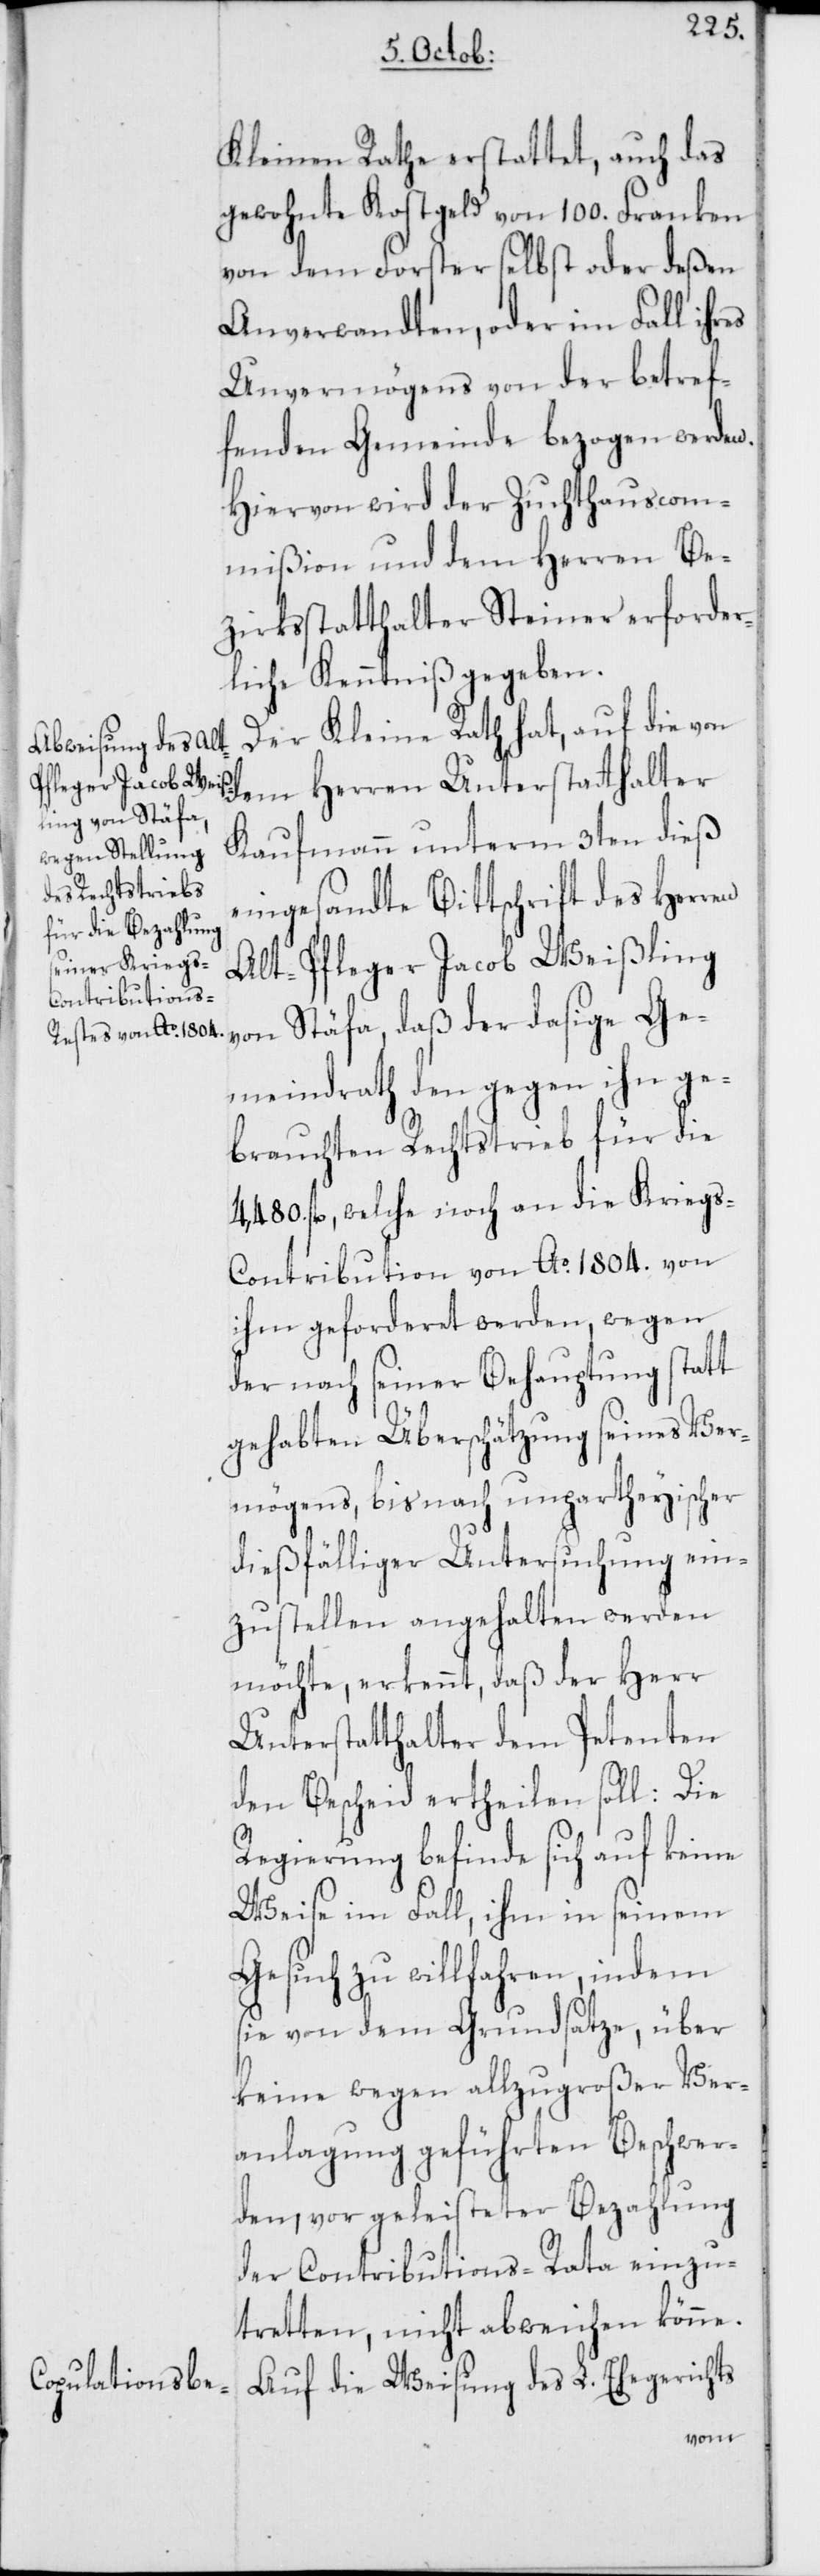
Kleinen Rathe erstattet, auch das
gewohnte Kostgeld von 100. Franken
von dem Forster selbst oder deßen
Anverwandten, oder im Fall ihres
Unvermögens von der betref¬
fenden Gemeinde bezogen werden.
Hiervon wird der Zuchthauscom¬
mißion und dem Herren Be¬
zirksstatthalter Steiner erforder¬
liche Kenntniß gegeben.
Der Kleine Rath hat, auf die von
dem Herren Unterstatthalter
Kaufmann unterm 3ten dieß
eingesandte Bittschrift des Herren
Alt-Pfleger Jacob Weißling
von Stäfa, daß der dasige Ge¬
meindrath den gegen ihn ge¬
brauchten Rechtstrieb für die
4,480. fl., welche noch an die Krieg¬
s-Contribution von Ao. 1804. von
ihm geforderet werden, wegen
der nach seiner Behauptung statt
gehabten Überschätzung seines Ver¬
mögens, bis nach unpartheyischer
dießfälliger Untersuchung ein¬
zustellen angehalten werden
möchte, erkennt, daß der Herr
Unterstatthalter dem Petenten
den Bescheid ertheilen soll: Die
Regierung befinde sich auf keine
Weise im Fall, ihm in seinem
Gesuch zu willfahren, indem
sie von dem Grundsatze, über
keine wegen allzugroßer Ver¬
anlagung geführten Beschwer¬
den, vor geleisteter Bezahlung
der Contributions-Rata einzu¬
tretten, nicht abweichen könne.
Auf die Weisung des L. Ehegerichts